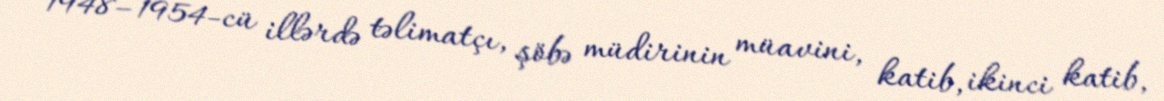
1948–1954-cü illərdə təlimatçı, şöbə müdirinin müavini, katib, ikinci katib,